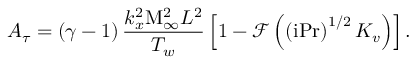
A _ { \tau } = \left( \gamma - 1 \right) \frac { k _ { x } ^ { 2 } \mathrm { M } _ { \infty } ^ { 2 } L ^ { 2 } } { T _ { w } } \left[ 1 - \mathcal { F } \left( \left( \mathrm { i } \mathrm { P r } \right) ^ { 1 / 2 } K _ { v } \right) \right] .